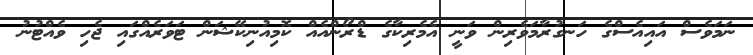
ނަމަވެސް އައިއެސްގެ ހަނގުރާމަވެރިން ވަނީ އެމެރިކާގެ ޑްރޯންއެއް ކޮމިއުނިކޭޝަން ޓަވަރެއްގައި ޖެހި ވެއްޓުނު